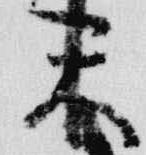
天